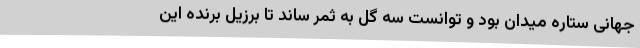
جهانی ستاره میدان بود و توانست سه گل به ثمر ساند تا برزیل برنده این